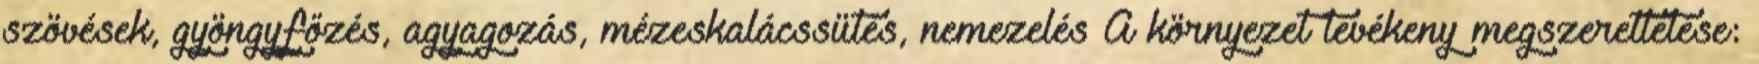
szövések, gyöngyfőzés, agyagozás, mézeskalácssütés, nemezelés A környezet tevékeny megszerettetése: